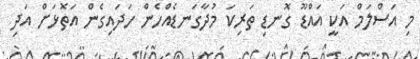
މި އަސްލަމް އަކީ އައްޑޫ ގޮނޑި ތަރިކަ މުދާގަނޑެއްހެން ހަދައިގެން އަތޮޅަށް އަދި